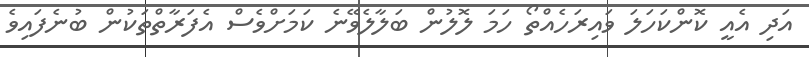
އަދި އެއީ ކޮންކަހަލަ ވައިރަހެއްތޯ ހަމަ ލޮލުން ބަލާލެވޭނެ ކަމަށްވެސް އެފަރާތްތަކުން ބުނެފައިވެ